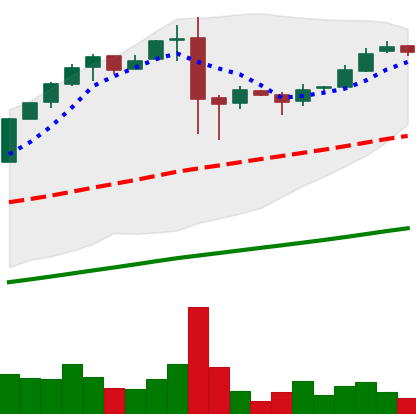
Ticker: BTC-USD
Chart end date: 2017-02-19
Forward return: 12.006%
Label: up_7plus